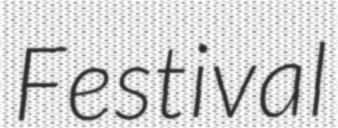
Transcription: Festival